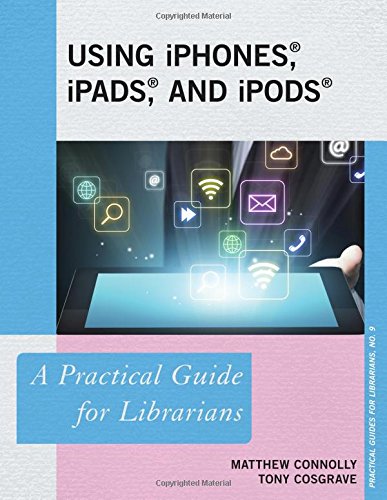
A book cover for Using iPhones, iPads, and iPods: A Practical Guide for Librarians (Practical Guides for Librarians); Matthew Connolly; Computers & Technology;